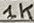
Text: 1K